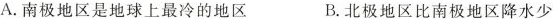
A.南极地区是地球上最冷的地区 B.北极地区比南极地区降水少